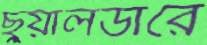
ছুয়ালডারে